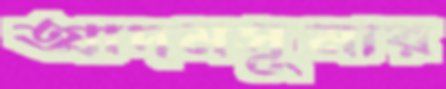
আদমসুমার